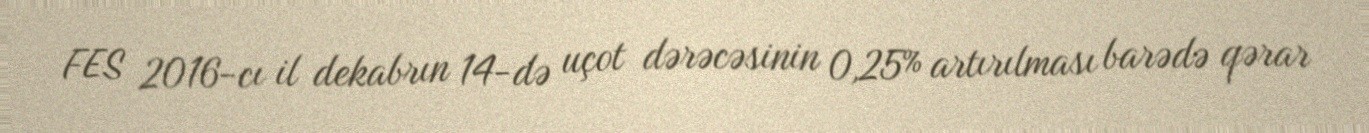
FES 2016-cı il dekabrın 14-də uçot dərəcəsinin 0,25% artırılması barədə qərar